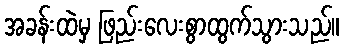
အခန်းထဲမှ ဖြည်းလေးစွာထွက်သွားသည်။